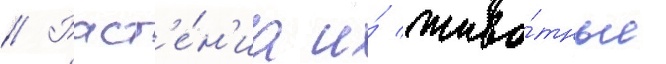
// Раст'е́н'иа и́ живо́тные